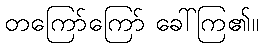
တကြော်ကြော် ခေါ်ကြ၏။